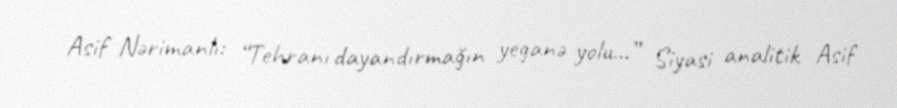
Asif Nərimanlı: “Tehranı dayandırmağın yeganə yolu...” Siyasi analitik Asif